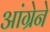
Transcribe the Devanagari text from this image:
आंग्रेने